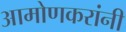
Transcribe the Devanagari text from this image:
आमोणकरांनी